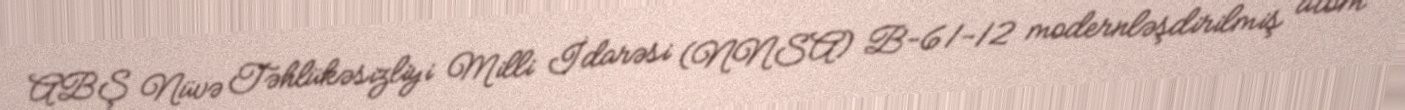
ABŞ Nüvə Təhlükəsizliyi Milli İdarəsi (NNSA) B-61-12 modernləşdirilmiş atom